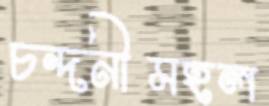
চন্দনীমহল